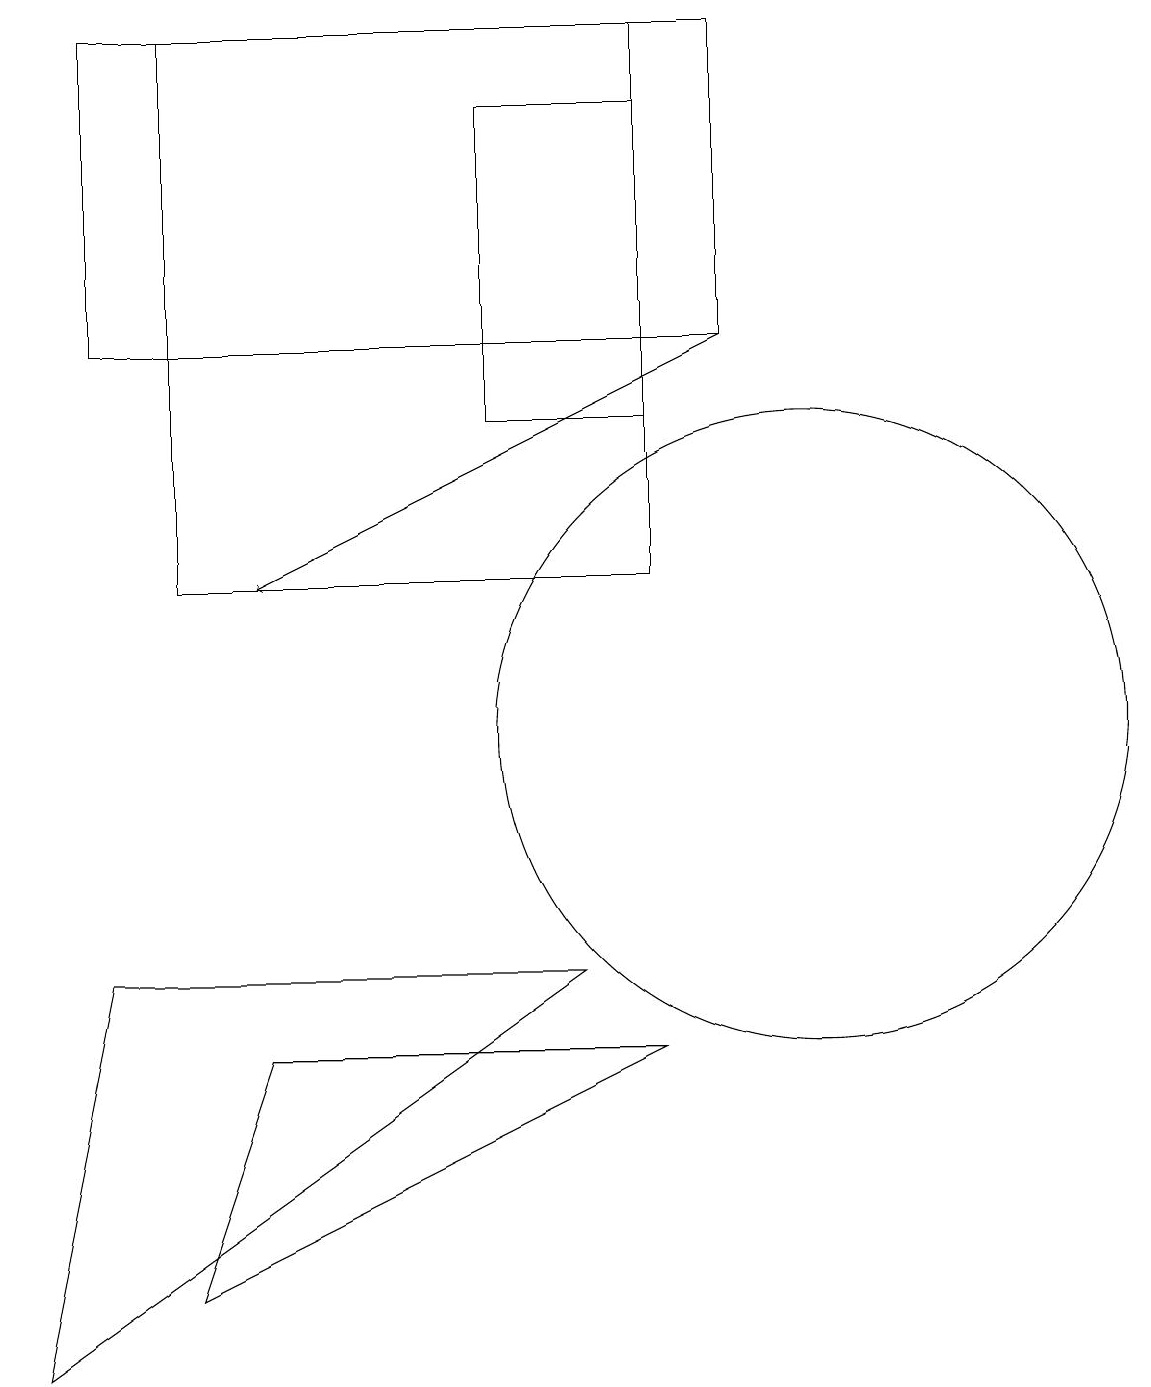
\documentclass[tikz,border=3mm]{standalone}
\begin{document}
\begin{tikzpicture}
\draw (8,12) rectangle (2,19);
\draw (8,14) rectangle (6,18);
\draw[->] (9,15) -- (3,12);
\draw (2,3) -- (3,6) -- (8,6) -- cycle;
\draw (1,15) rectangle (9,19);
\draw (1,7) -- (0,2) -- (7,7) -- cycle;
\draw (10,10) circle (4);
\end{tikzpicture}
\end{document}